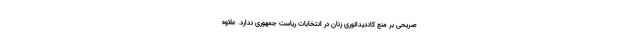
صریحی بر منع کاندیداتوری زنان در انتخابات ریاست جمهوری ندارد. علاوه